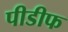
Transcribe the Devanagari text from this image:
पीडीफ